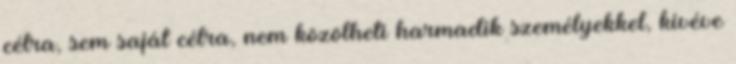
célra, sem saját célra, nem közölheti harmadik személyekkel, kivéve